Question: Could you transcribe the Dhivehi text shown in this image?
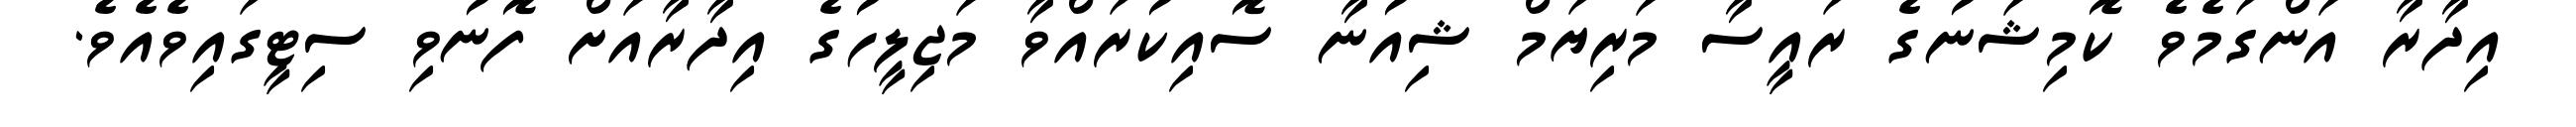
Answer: އިދާރާ އަންގަމެވެ ކޮމިޝަނުގެ ރައީސާ މަރިޔަމް ޝިއުނާ ސޮއިކުރައްވާ މަޖިލީހުގެ އިދާރާއަށް ފޮނުވި ސިޓީގައިވެއެވެ.